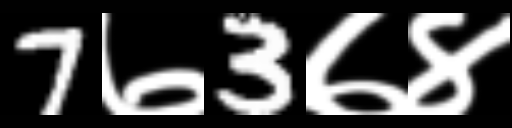
Text: 7७3७४